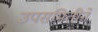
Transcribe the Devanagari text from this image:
उपसमितीने